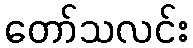
တော်သလင်း